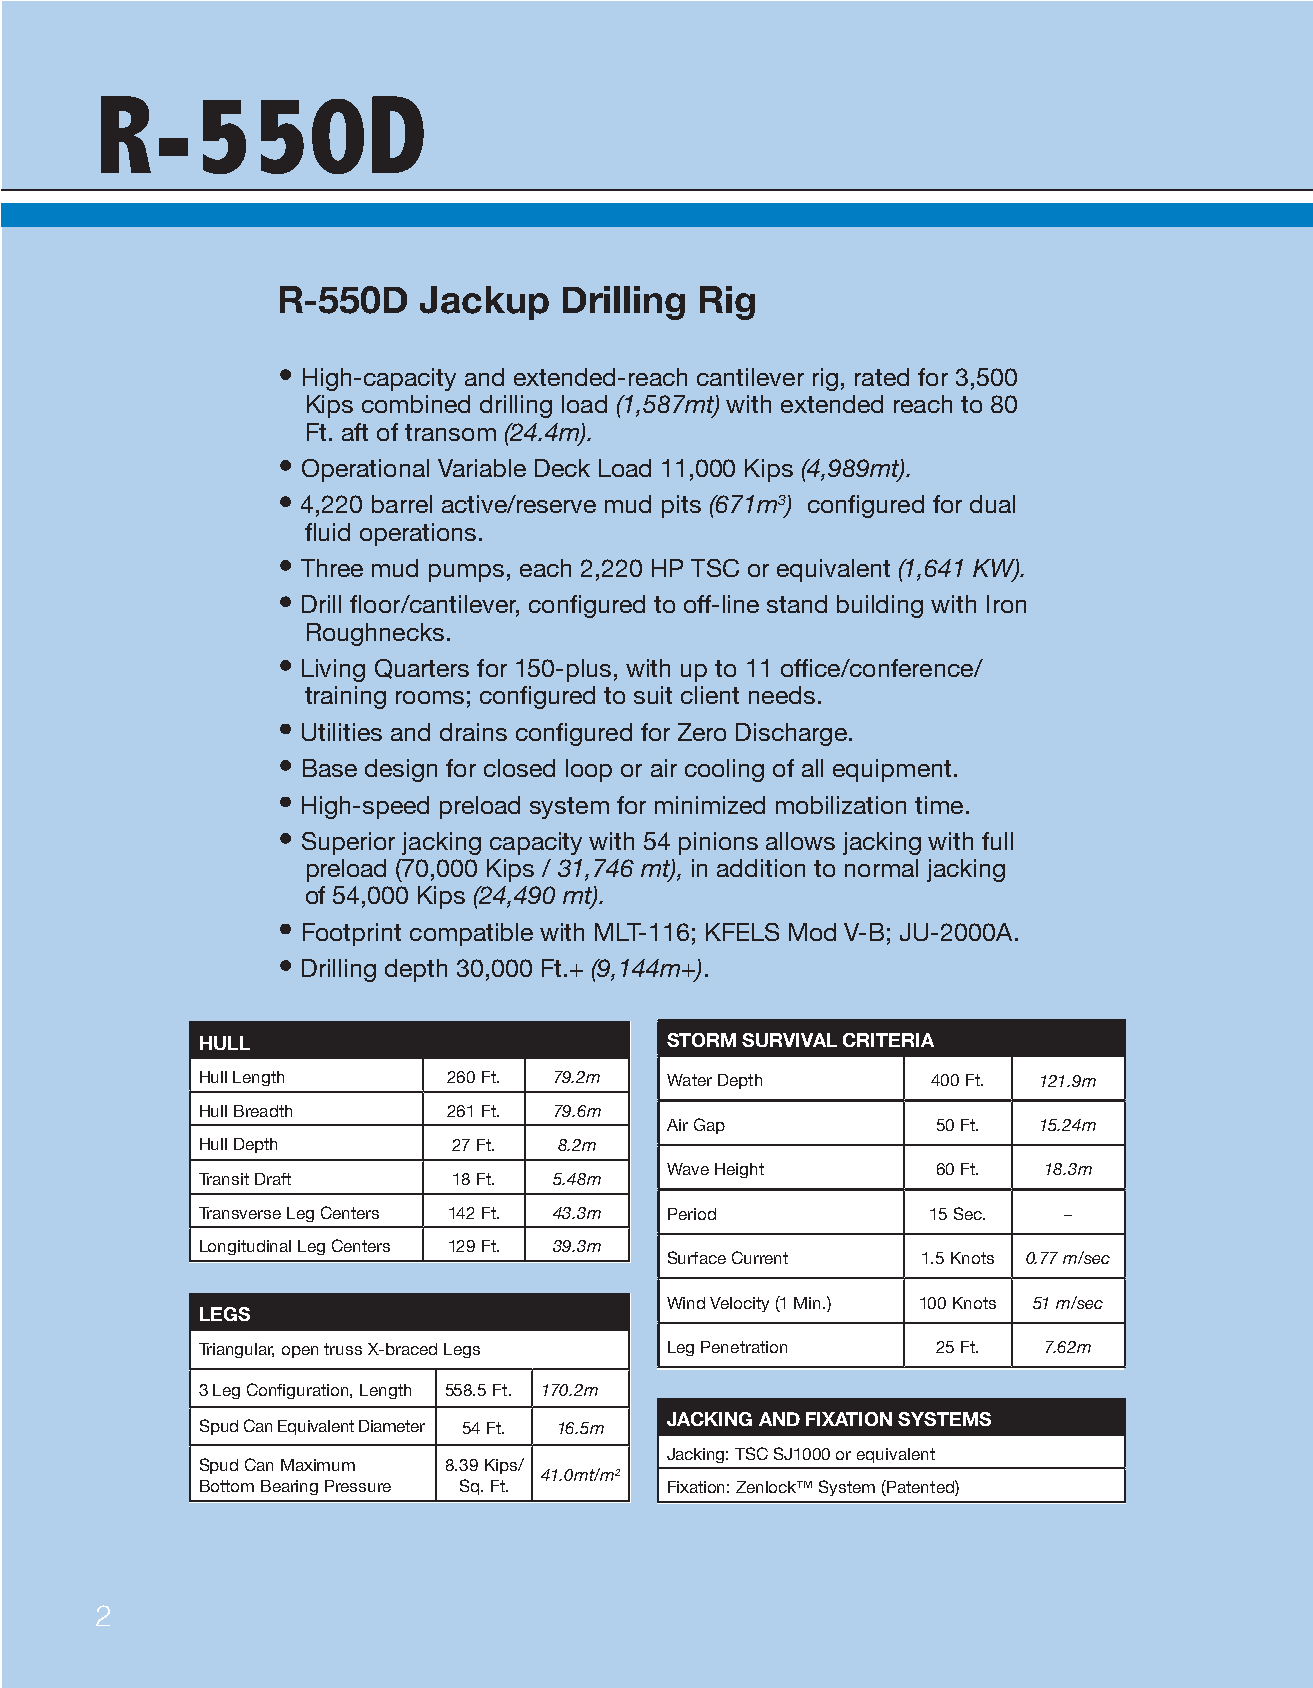
R-550D
 R-550D    Jackup   Drilling Rig
 •
 High-capacity and extended-reach cantilever rig, rated for 3,500
 Kips combined drilling load (1,587mt) with extended reach to 80
 Ft. aft of transom (24.4m).
 •
 Operational Variable Deck Load 11,000 Kips (4,989mt).
 • 4,220 barrel active/reserve mud pits (671m3) configured for dual
 fluid operations.
 •
 Three mud pumps, each 2,220 HP TSC or equivalent (1,641 KW).
 •
 Drill floor/cantilever, configured to off-line stand building with Iron
 Roughnecks.
 •
 Living Quarters for 150-plus, with up to 11 office/conference/
 training rooms; configured to suit client needs.
 •
 Utilities and drains configured for Zero Discharge.
 •
 Base design for closed loop or air cooling of all equipment.
 •
 High-speed preload system for minimized mobilization time.
 •
 Superior jacking capacity with 54 pinions allows jacking with full
 preload (70,000 Kips / 31,746 mt), in addition to normal jacking
 of 54,000 Kips (24,490 mt).
 •
 Footprint compatible with MLT-116; KFELS Mod V-B; JU-2000A.
 •
 Drilling depth 30,000 Ft.+ (9,144m+).
 HULL                           STORM SURVIVAL CRITERIA
 Hull Length      260 Ft. 79.2m Water Depth       400 Ft. 121.9m
 Hull Breadth     261 Ft. 79.6m
 Air Gap           50 Ft. 15.24m
 Hull Depth       27 Ft. 8.2m
 Wave Height       60 Ft. 18.3m
 Transit Draft    18 Ft. 5.48m
 Transverse Leg Centers 142 Ft. 43.3m Period     15 Sec.  –
 Longitudinal Leg Centers 129 Ft. 39.3m
 Surface Current  1.5 Knots 0.77 m/sec
 Wind Velocity (1 Min.) 100 Knots 51 m/sec
 LEGS
 Triangular, open truss X-braced Legs Leg Penetration 25 Ft. 7.62m
 3 Leg Configuration, Length 558.5 Ft. 170.2m
 JACKING AND FIXATION SYSTEMS
 Spud Can Equivalent Diameter 54 Ft. 16.5m
 Jacking: TSC SJ1000 or equivalent
 Spud Can Maximum 8.39 Kips/
 41.0mt/m2
 Bottom Bearing Pressure Sq. Ft. Fixation: Zenlock™ System (Patented)
 2